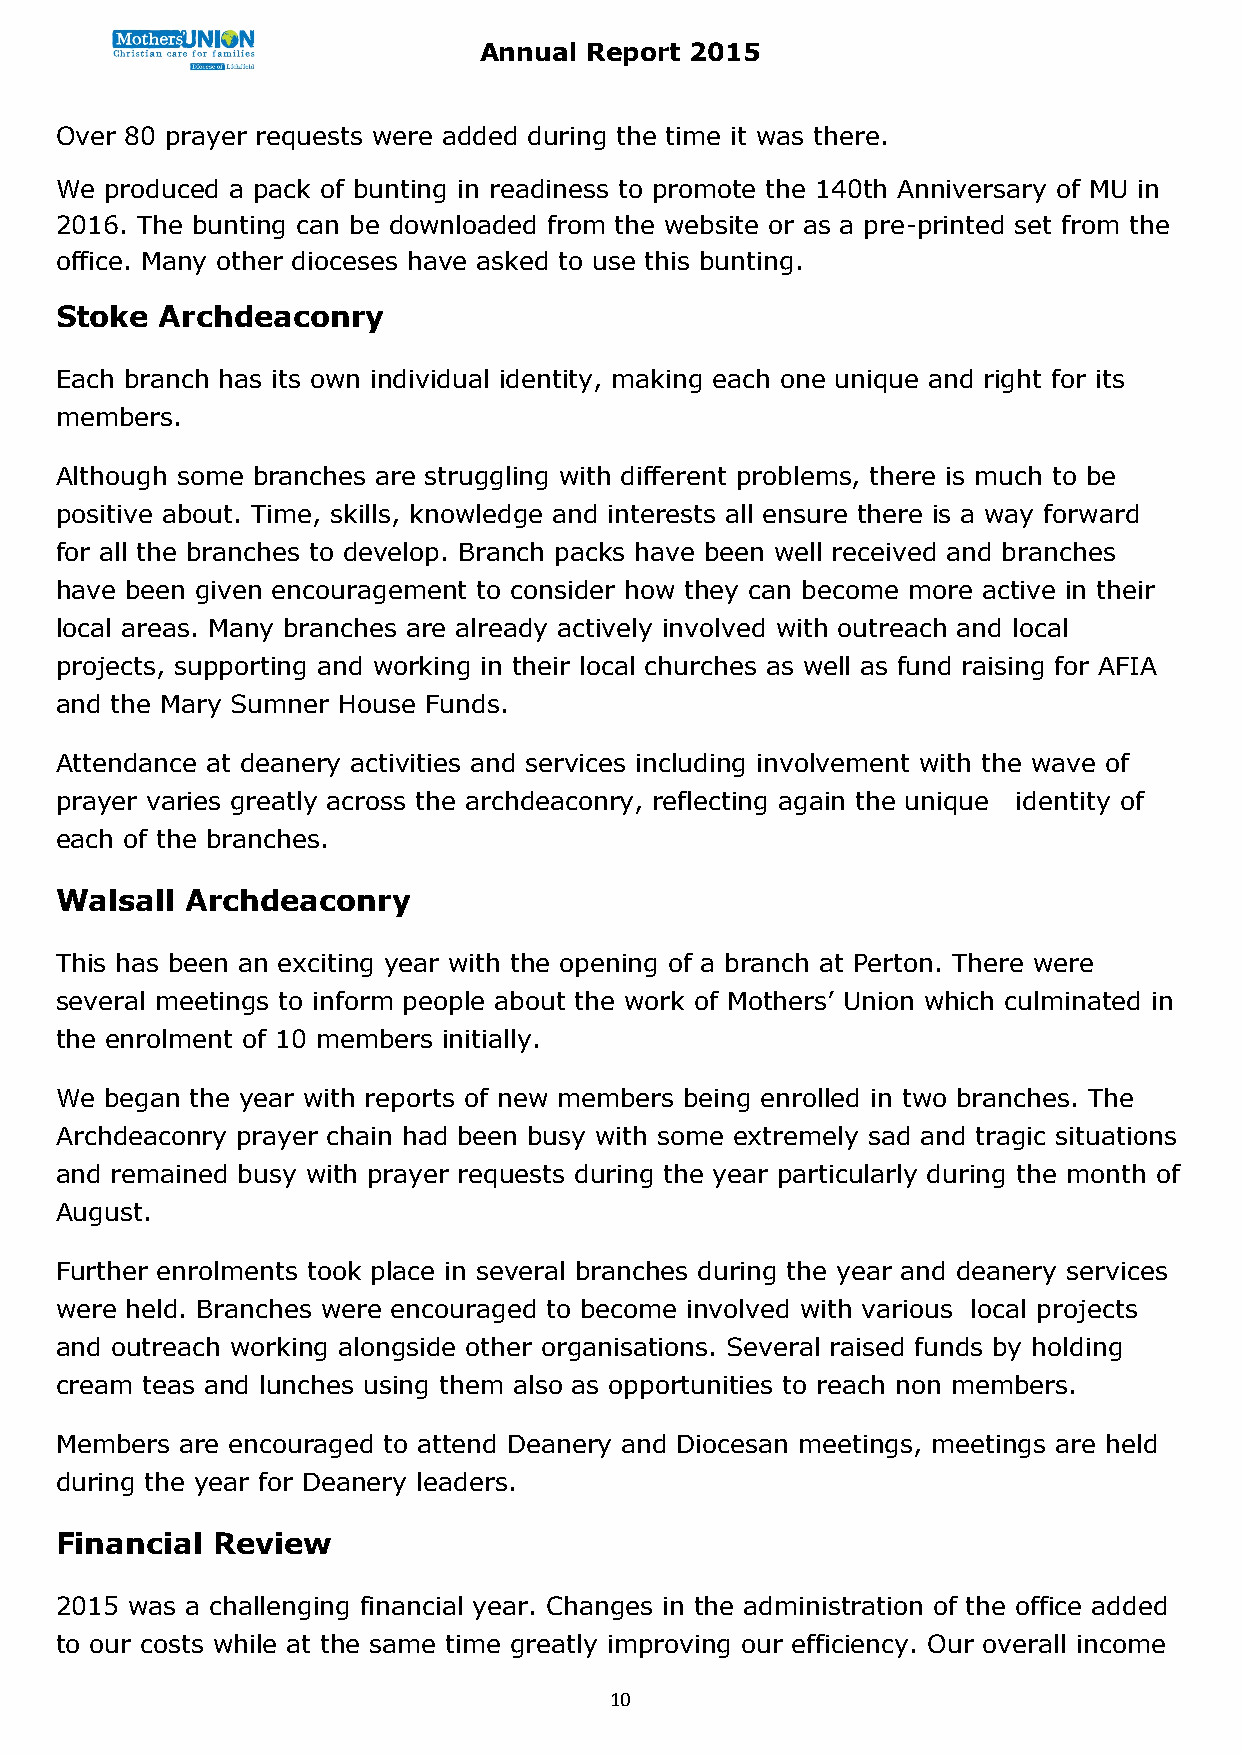
Annual Report 2015
 Over 80 prayer requests were added during the time it was there.
 We produced a pack of bunting in readiness to promote the 140th Anniversary of MU in
 2016. The bunting can be downloaded from the website or as a pre-printed set from the
 office. Many other dioceses have asked to use this bunting.
 Stoke  Archdeaconry
 Each branch has its own individual identity, making each one unique and right for its
 members.
 Although some branches are struggling with different problems, there is much to be
 positive about. Time, skills, knowledge and interests all ensure there is a way forward
 for all the branches to develop. Branch packs have been well received and branches
 have been given encouragement to consider how they can become more active in their
 local areas. Many branches are already actively involved with outreach and local
 projects, supporting and working in their local churches as well as fund raising for AFIA
 and the Mary Sumner House Funds.
 Attendance at deanery activities and services including involvement with the wave of
 prayer varies greatly across the archdeaconry, reflecting again the unique identity of
 each of the branches.
 Walsall Archdeaconry
 This has been an exciting year with the opening of a branch at Perton. There were
 several meetings to inform people about the work of Mothers’ Union which culminated in
 the enrolment of 10 members initially.
 We began the year with reports of new members being enrolled in two branches. The
 Archdeaconry prayer chain had been busy with some extremely sad and tragic situations
 and remained busy with prayer requests during the year particularly during the month of
 August.
 Further enrolments took place in several branches during the year and deanery services
 were held. Branches were encouraged to become involved with various local projects
 and outreach working alongside other organisations. Several raised funds by holding
 cream teas and lunches using them also as opportunities to reach non members.
 Members are encouraged to attend Deanery and Diocesan meetings, meetings are held
 during the year for Deanery leaders.
 Financial Review
 2015 was a challenging financial year. Changes in the administration of the office added
 to our costs while at the same time greatly improving our efficiency. Our overall income
 10